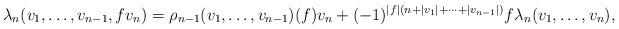
LaTeX: \begin{align*} \lambda_n(v_1,\ldots,v_{n-1},fv_n) = \rho_{n-1}(v_1,\ldots,v_{n-1})(f)v_n + (-1)^{|f|(n+|v_1|+\cdots+|v_{n-1}|)}f\lambda_n(v_1,\ldots,v_n), \end{align*}